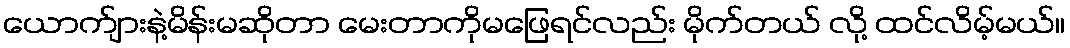
ယောက်ျားနဲ့မိန်းမဆိုတာ မေးတာကိုမဖြေရင်လည်း မိုက်တယ် လို့ ထင်လိမ့်မယ်။